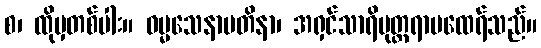
စ၊ ထိုမှတစ်ပါး။ ဓမ္မသေနာပတိနာ၊ အရှင်သာရိပုတ္တရာမထေရ်သည်။